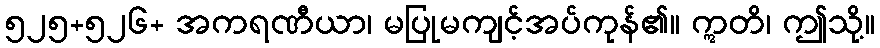
၅၂၅+၅၂၆+ အကရဏီယာ၊ မပြုမကျင့်အပ်ကုန်၏။ ဣတိ၊ ဤသို့။